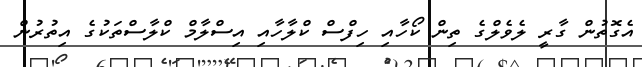
އެގޮތުން ގާރީ ލެވެލްގެ ތިން ކޯހާއި ހިފްސް ކްލާހާއި އިސްލާމް ކްލާސްތަކުގެ އިތުރުން